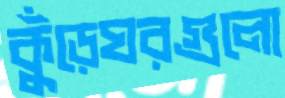
কুঁড়েঘরগুলো